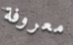
معروفة